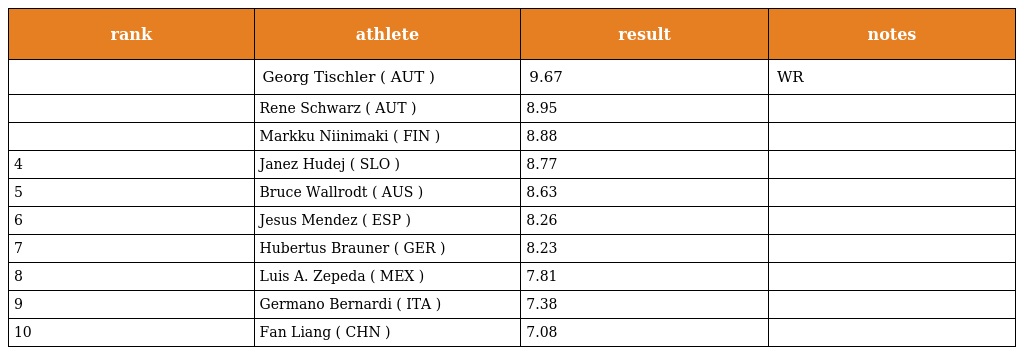
| rank | athlete | result | notes |
 | --- | --- | --- | --- |
 |  | Georg Tischler ( AUT ) | 9.67 | WR |
 |  | Rene Schwarz ( AUT ) | 8.95 |  |
 |  | Markku Niinimaki ( FIN ) | 8.88 |  |
 | 4 | Janez Hudej ( SLO ) | 8.77 |  |
 | 5 | Bruce Wallrodt ( AUS ) | 8.63 |  |
 | 6 | Jesus Mendez ( ESP ) | 8.26 |  |
 | 7 | Hubertus Brauner ( GER ) | 8.23 |  |
 | 8 | Luis A. Zepeda ( MEX ) | 7.81 |  |
 | 9 | Germano Bernardi ( ITA ) | 7.38 |  |
 | 10 | Fan Liang ( CHN ) | 7.08 |  |